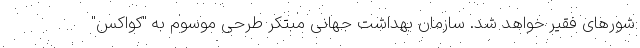
شورهای فقیر خواهد شد. سازمان بهداشت جهانی مبتکر طرحی موسوم به "کواکس"